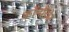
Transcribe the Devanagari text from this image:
कॉमॉडोर